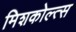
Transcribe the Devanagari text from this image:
मिशकोल्त्स